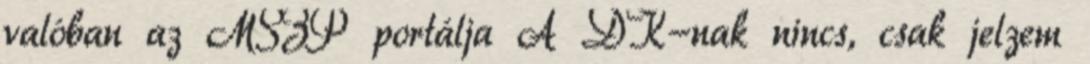
valóban az MSZP portálja A DK-nak nincs, csak jelzem